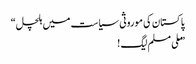
پاکستان کی موروثی سیاست میں ہلچل“
”ملی مسلم لیگ !